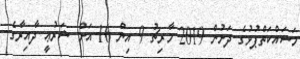
މަސައްކަތްޕުޅުގެ ދަށުން 2019 މާރިޗު 9 އިން 16 އަށް ޝަރުޢީ ދާއިރާގެ